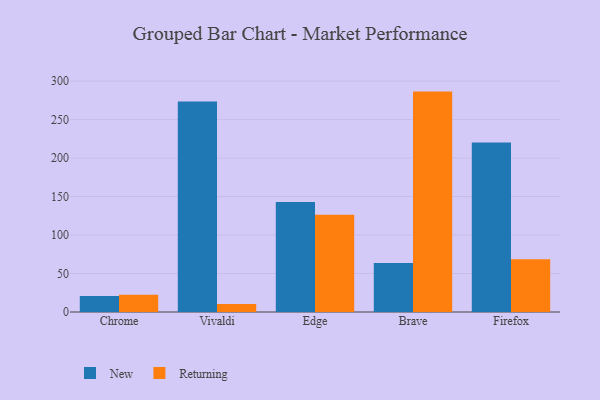
{"axis": {"x": "Browser", "y": "Operating Costs (USD K)"}, "legend": ["New", "Returning"], "data": [{"x": "Chrome", "y": 20.8, "type": "New"}, {"x": "Chrome", "y": 22.3, "type": "Returning"}, {"x": "Vivaldi", "y": 273.5, "type": "New"}, {"x": "Vivaldi", "y": 10.3, "type": "Returning"}, {"x": "Edge", "y": 143.0, "type": "New"}, {"x": "Edge", "y": 126.2, "type": "Returning"}, {"x": "Brave", "y": 63.7, "type": "New"}, {"x": "Brave", "y": 286.3, "type": "Returning"}, {"x": "Firefox", "y": 220.3, "type": "New"}, {"x": "Firefox", "y": 68.5, "type": "Returning"}]}